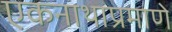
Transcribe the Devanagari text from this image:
एकनाथाप्रमाणे